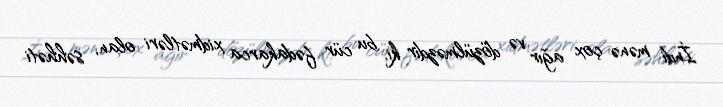
İndi mənə çox ağır və dözülməzdir ki, bu cür fədakarca xidmətləri olan, səhhəti